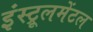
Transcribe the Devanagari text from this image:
इंस्ट्रूलमेंटल